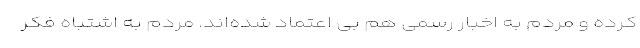
کرده و مردم به اخبار رسمی هم بی اعتماد شده‌اند. مردم به اشتباه فکر